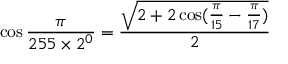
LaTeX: \cos { \frac { \pi } { 2 5 5 \times 2 ^ { 0 } } } = { \frac { \sqrt { 2 + 2 \cos ( { \frac { \pi } { 1 5 } } - { \frac { \pi } { 1 7 } } ) } } { 2 } }